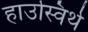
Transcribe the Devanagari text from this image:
हाउस्विर्थ